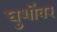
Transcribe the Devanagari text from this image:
घुशींवर